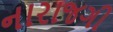
નારાજગી